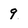
Character: 9